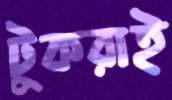
টুকরাই